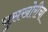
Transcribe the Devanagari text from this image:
घुसखोरीचा